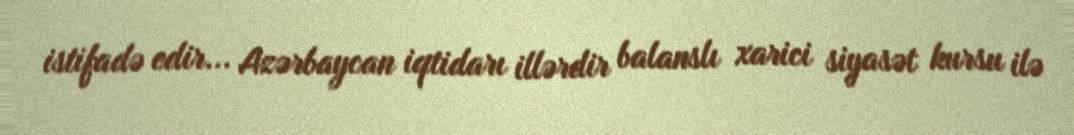
istifadə edir... Azərbaycan iqtidarı illərdir balanslı xarici siyasət kursu ilə